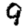
Digit: 9